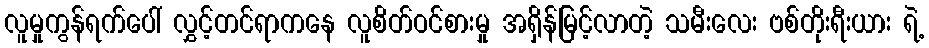
လူမှုကွန်ရက်ပေါ် လွှင့်တင်ရာကနေ လူစိတ်ဝင်စားမှု အရှိန်မြင့်လာတဲ့ သမီးလေး ဗစ်တိုးရီးယား ရဲ့